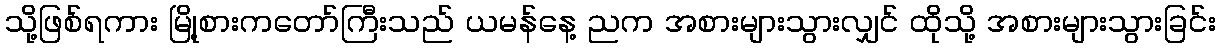
သို့ဖြစ်ရကား မြို့စားကတော်ကြီးသည် ယမန်နေ့ ညက အစားများသွားလျှင် ထိုသို့ အစားများသွားခြင်း